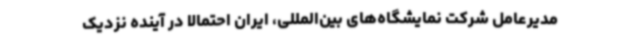
مدیرعامل شرکت نمایشگاه‌های بین‌المللی، ایران احتمالا در آینده نزدیک